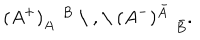
( A ^ { + } ) _ { A } ^ { \quad B } \mathrm { ~ \ , ~ \ } ( A ^ { - } ) _ { \quad \bar { B } } ^ { \bar { A } } .